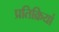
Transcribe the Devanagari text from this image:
प्रतिक्रियां